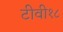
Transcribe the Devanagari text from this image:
टीवी१८